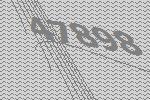
47898